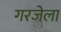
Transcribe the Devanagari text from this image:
गरजेला